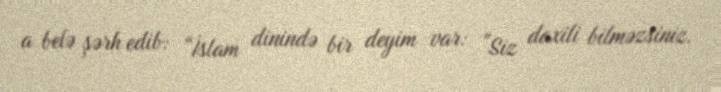
a belə şərh edib: “İslam dinində bir deyim var: ”Siz daxili bilməzsiniz.